Vaccination in Bombay 1869-1873 - 1869-1873
Year: 1869
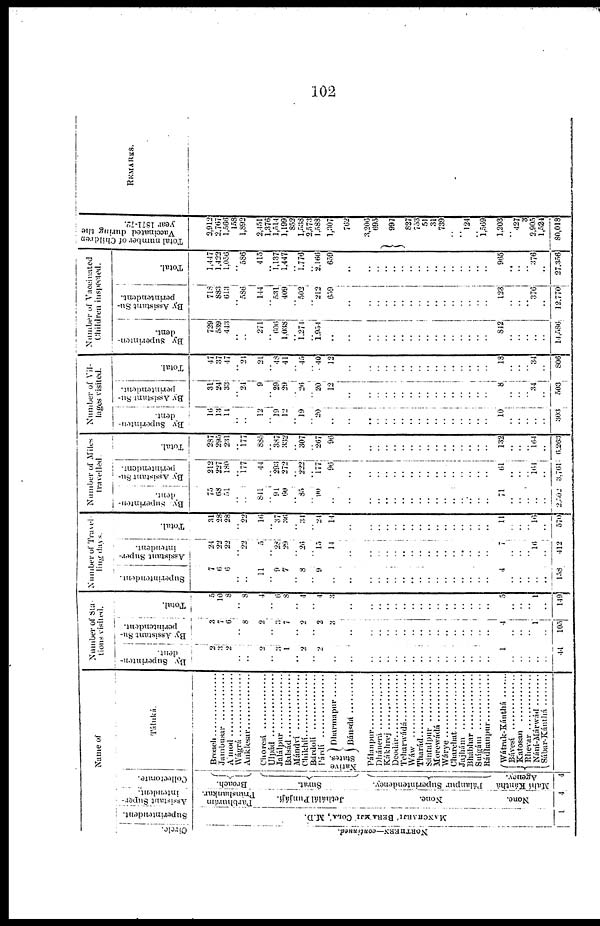
102
Name of
Ci r cl e.
NORTHERN—continued.
Supe r
i
nt e nde nt .
MANCHARJI' BERA MJI COLA', M.D.
1
As s i
s t
ant Super ¬
i
nt endent .
Parbhuram
Pránshankar.
Jethálál Punjájí.
None.
None.
4
Col l
ect or at e.
Broach.
Surat
Pálanpur Superintendency.
Mahí Kánthá
Agency.
4
Táluká.
Broach..............
Jambusar
..................
A'mod ..............
Wágrá..................
Anklesar..............
Choresí
............
Ulpád
..................
Jalálpur ..................
Balsád ................
Mándví ..............
Chikhlí..................
Bárdoli
....................
Párdí
................
Native
States.
Dharmapur......
Bánsdá............
Pálanpur............
Dhánerá................
Kákhrej..................
Deodár ................
Teharwádá ..............
Wáw
....................
Tharád..............
Sántalpur
................
Morewádá..............
Wárye................
Charchat ..................
Jajhám ....................
Bhábhar..........................
Suígám ................
Rádhanpur ..............
Wátrak-Kánthá
............
Bávesí
..............
Katosan ................
Rhevar ................
Nání-Márwád..........
Sábar-Kánthá ............
Number of Sta-
tions visited.
By Superinten¬
dent.
2
3
2
..
..
2
..
3
1
..
2
..
2
..
..
..
..
..
..
..
..
..
..
..
..
..
..
..
..
..
1
..
..
..
..
..
44
By Assistant Su¬
perintendent.
3
7
6
..
8
2
..
3
7
..
2
..
2
3
..
..
..
..
..
..
..
..
..
..
..
..
..
..
..
..
4
..
..
..
1
..
105
Total.
5
10
8
..
8
4
..
6
8
..
4
..
4
3
..
..
..
..
..
..
..
..
..
..
..
..
..
..
..
..
5
..
..
..
1
..
149
Number of Travel¬
ling days.
Superintendent.
7
6
6
..
..
11
..
9
7
..
8
..
9
..
..
..
..
..
..
..
..
..
..
..
..
..
..
..
..
..
4
..
..
..
..
..
158
Assistant Super-
intendent.
24
22
22
..
22
5
..
28
29
..
26
..
15
14
..
..
..
..
..
..
..
..
..
..
..
..
..
..
..
..
7
..
..
..
16
..
412
Total.
31
28
28
.. 22
16
..
37
36
..
34
..
24
14
..
..
..
..
..
..
..
..
..
..
..
..
..
..
..
..
11
..
..
..
16
..
570
Number of Miles
travelled
By Superinten¬
dent.
75
68
51
..
..
841
..
91
60
..
85
..
90
..
..
..
..
..
..
..
..
..
..
..
..
..
..
..
..
..
71
..
..
..
..
..
2,502
By Assistant Su¬
perintendent.
212
227
180
..
177
44
..
293
272
..
222
..
177
96
..
..
..
..
..
..
..
..
..
..
..
..
..
..
..
..
61
.. ..
..
16
..
3,761
Total.
287
295
231
..
177
885
..
387
333
..
307
..
267
96
..
..
..
..
..
..
..
..
..
..
..
..
..
..
..
..
132
..
..
..
164
..
6,263
Number of Vil-
lages visited.
By Superinten¬
dent.
16
13
11
..
..
12
..
19
12
..
19
..
20
..
..
..
..
..
..
..
..
..
..
..
..
..
..
..
..
..
10
..
..
..
.. ..
303
By Assistant Su-
perintendent.
31
24
33
..
24
9
..
29
29
..
26
..
20
12
..
..
..
..
..
..
..
..
..
..
..
..
..
..
..
..
8
..
..
..
34
..
503
Total.
47
37
47
..
24
21
..
48
41
..
45
..
40
12
..
..
..
..
..
..
..
..
..
..
..
..
..
..
..
..
18
..
..
..
34
..
806
Number of Vaccinated
Children inspected.
By Superinten¬
dent.
729
539
443
..
..
271
..
606
1,038
..
1,271
..
1,954
..
..
..
..
..
..
..
..
..
..
..
..
..
..
..
..
..
842
..
..
..
..
..
14,586
By Assistant Su-
perintendent.
718
883
613
.. 586
144
..
531
409
..
502
..
212
659
..
..
..
..
..
..
..
..
..
..
..
..
..
..
..
..
123
..
..
..
376
..
12,770
Total.
1,447
1,422
1,056
..
586
415
..
1,137
1,447
..
1,776
..
2,166
659
..
..
..
..
..
..
..
..
..
..
..
..
..
..
..
..
965
..
..
..
376
..
27,356
Total number of Children
Vaccinated during the
year 1871-72.
2,912
2,767
1,566
158
1,892
2,451
1,376
1,514
1,199
852
1,538
2,573
1,588
1,307
762
3,206
695
997
827
753
51
31
739
..
..
124
..
1,569
1,203
..
427
3
2,905
1,524
80,018
REMARKS.